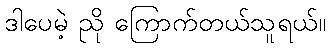
ဒါပေမဲ့ ညို ကြောက်တယ်သူရယ်။